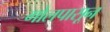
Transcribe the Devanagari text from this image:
गोलपासून